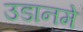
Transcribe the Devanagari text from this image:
उडानमे